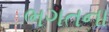
ભગતના